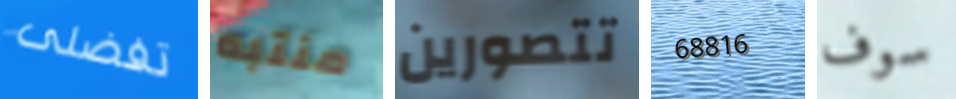
تفضلى منتبه تتصورين 68816 سوف